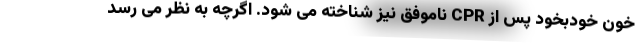
خون خودبخود پس از CPR ناموفق نیز شناخته می شود. اگرچه به نظر می رسد